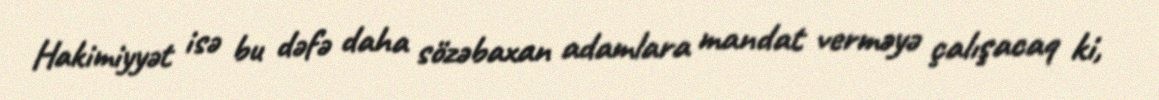
Hakimiyyət isə bu dəfə daha sözəbaxan adamlara mandat verməyə çalışacaq ki,